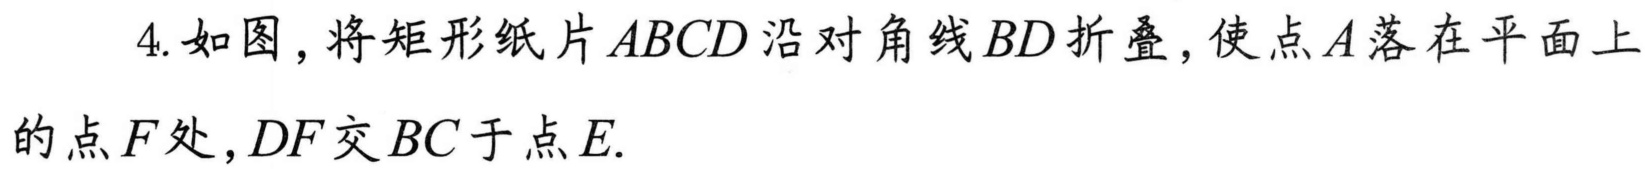
4. 如图，将矩形纸片\(ABCD\)沿对角线\(BD\)折叠，使点\(A\)落在平面上
的点\(F\)处，\(DF\)交\(BC\)于点\(E\).